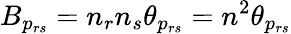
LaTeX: B_{p_{rs}}=n_{r}n_{s}\theta_{p_{rs}}=n^{2}\theta_{p_{rs}}